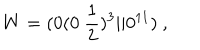
W = ( 0 ( 0 ~ { \frac { 1 } { 2 } } ) ^ { 3 } \vert \vert 0 ^ { 1 1 } ) ~ , \nonumber